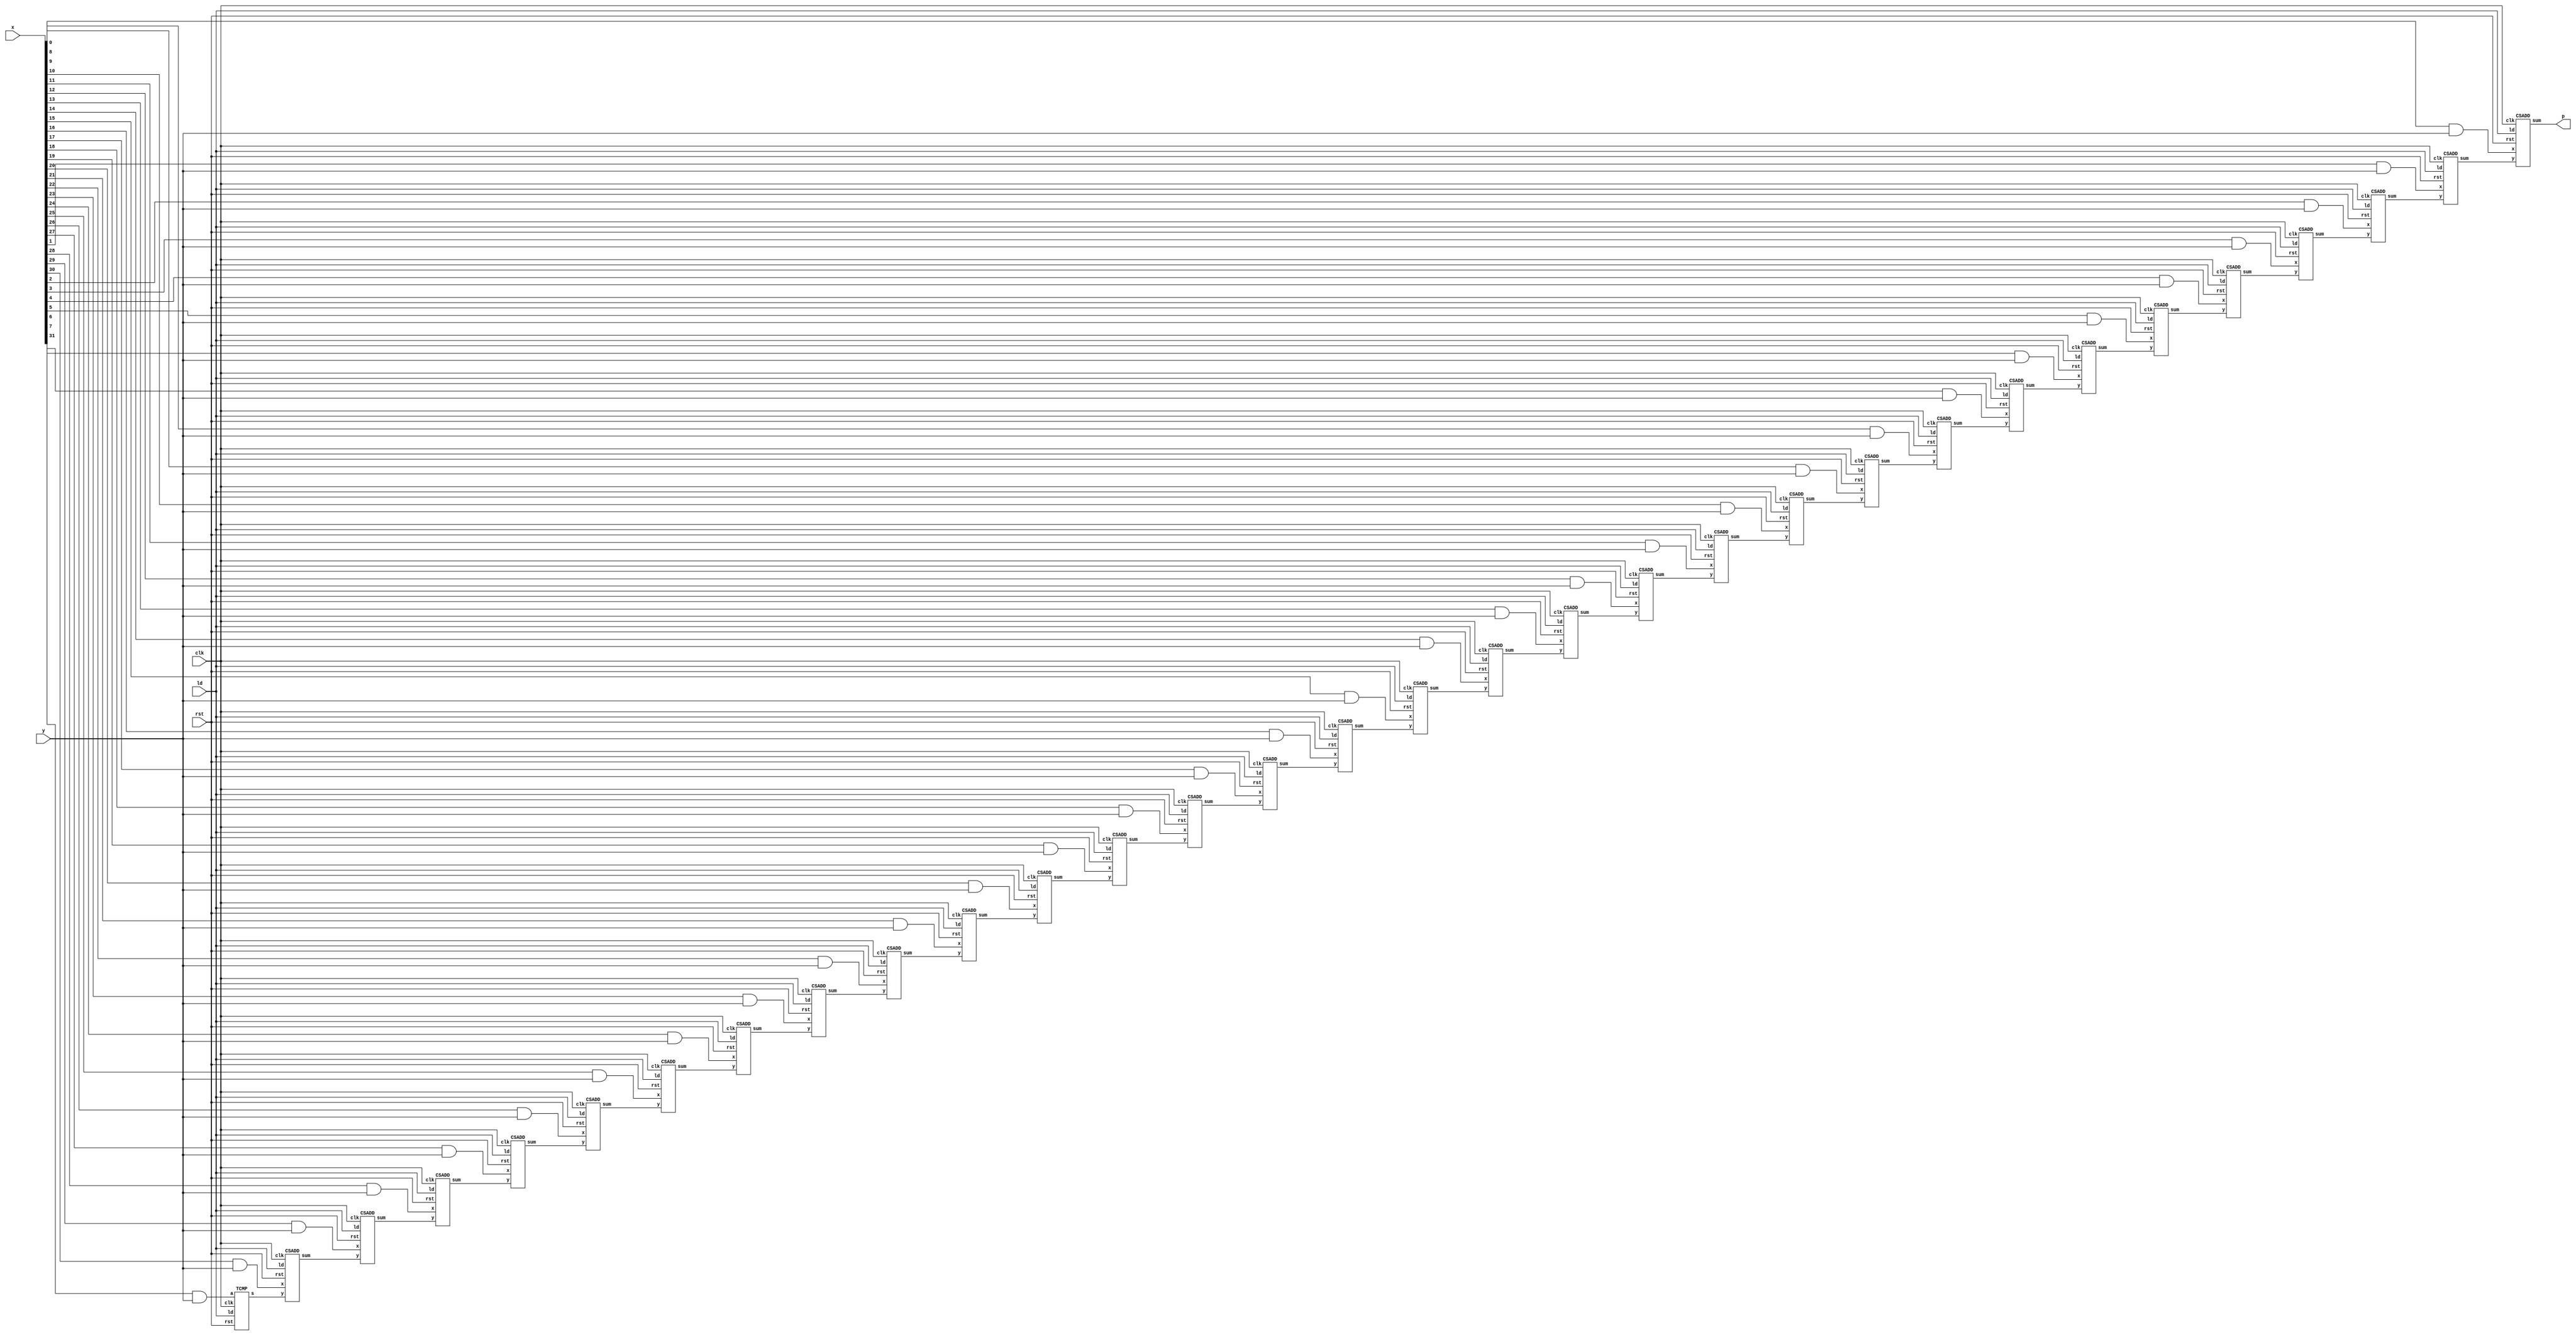
// Copyright 2020 Efabless Corporation
//
// Licensed under the Apache License, Version 2.0 (the "License");
// you may not use this file except in compliance with the License.
// You may obtain a copy of the License at
//
//      http://www.apache.org/licenses/LICENSE-2.0
//
// Unless required by applicable law or agreed to in writing, software
// distributed under the License is distributed on an "AS IS" BASIS,
// WITHOUT WARRANTIES OR CONDITIONS OF ANY KIND, either express or implied.
// See the License for the specific language governing permissions and
// limitations under the License.

module spm(clk, rst, x, y, ld, p);
    parameter size = 32;
    input clk, rst;
    input y;
    input[size-1:0] x;
    input ld;
    output p;

    wire[size-1:1] pp;
    wire[size-1:0] xy;

    genvar i;

    CSADD csa0 (.clk(clk), .rst(rst), .x(x[0]&y), .y(pp[1]), .ld(ld), .sum(p));
    generate for(i=1; i<size-1; i=i+1) begin
        CSADD csa (.clk(clk), .rst(rst), .x(x[i]&y), .y(pp[i+1]), .ld(ld), .sum(pp[i]));
    end endgenerate
    TCMP tcmp (.clk(clk), .rst(rst), .a(x[size-1]&y), .ld(ld), .s(pp[size-1]));

endmodule

module TCMP(clk, rst, a, ld, s);
    input clk, rst;
    input a;
    input ld;
    output reg s;
    
    reg z;

    always @(posedge clk or posedge rst) begin
        if (rst) begin
            //Reset logic goes here.
            s <= 1'b0;
            z <= 1'b0;
        end
        else  if (ld) begin              // idle state reset before each input word
            s  <= 1'b0;
            z  <= 1'b0;
        end
        else begin
            //Sequential logic goes here.
            z <= a | z;
            s <= a ^ z;
        end
    end
endmodule

module CSADD(clk, rst, x, y, ld, sum);
    input clk, rst;
    input x, y;
    input ld;
    output reg sum;

    reg sc;

    // Half Adders logic
    wire hsum1, hco1;
    assign hsum1 = y ^ sc;
    assign hco1 = y & sc;

    wire hsum2, hco2;
    assign hsum2 = x ^ hsum1;
    assign hco2 = x & hsum1;

    always @(posedge clk or posedge rst) begin
        if (rst) begin
            //Reset logic goes here.
            sum <= 1'b0;
            sc <= 1'b0;
        end
        else if (ld) begin
             sum <= 1'b0;
             sc  <= 1'b0;
        end
        else begin
            //Sequential logic goes here.
            sum <= hsum2;
            sc <= hco1 ^ hco2;
        end
    end
endmodule